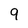
Character: 9